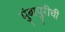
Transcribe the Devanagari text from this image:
मुंबापुरीची